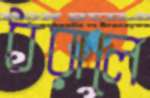
ধরালে